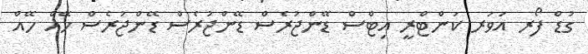
ގުޑް ފޯރ އަވަރ ކަންޓްރީ އިޓްސް ޑޭންޖުރެެސް ޑޭންޖުރެސް ޑޭންޖުރެސް ހޭއް ހޭއް